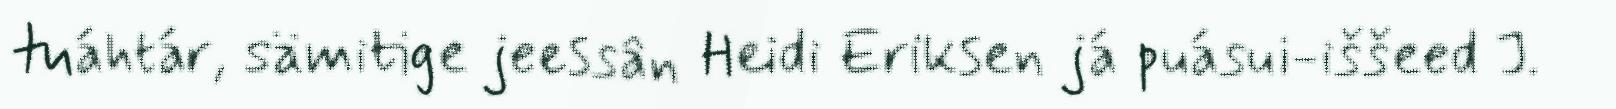
tuáhtár, sämitige jeessân Heidi Eriksen já puásui-iššeed J.